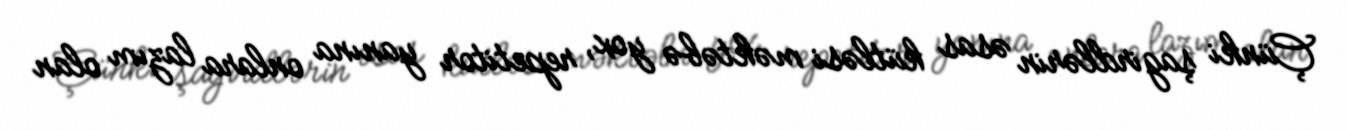
Çünki şagirdlərin əsas kütləsi məktəbə yox, repetitor yanına onlara lazım olan